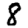
Digit: 8